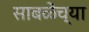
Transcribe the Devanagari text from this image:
साबळेंच्या